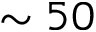
\sim 5 0